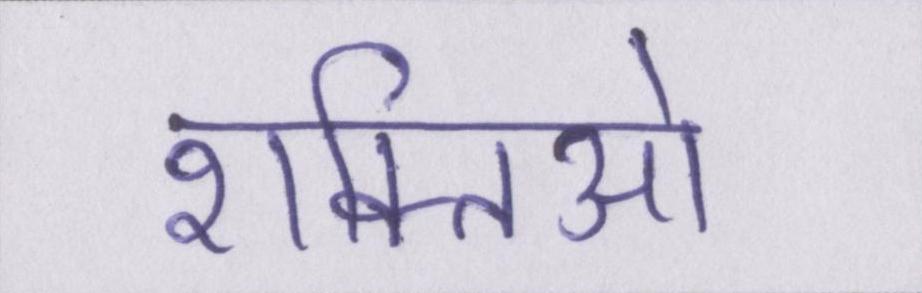
शक्तिओ